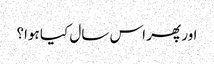
اور پھر اس سال کیا ہوا؟